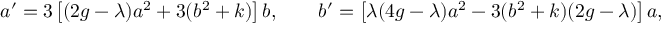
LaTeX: a ^ { \prime } = 3 \left[ ( 2 g - \lambda ) a ^ { 2 } + 3 ( b ^ { 2 } + k ) \right] b , \qquad b ^ { \prime } = \left[ \lambda ( 4 g - \lambda ) a ^ { 2 } - 3 ( b ^ { 2 } + k ) ( 2 g - \lambda ) \right] a ,